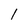
Character: 1